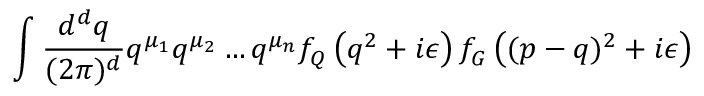
\int \frac { d ^ { d } q } { ( 2 \pi ) ^ { d } } q ^ { \mu _ { 1 } } q ^ { \mu _ { 2 } } \ldots q ^ { \mu _ { n } } f _ { Q } \left( q ^ { 2 } + i \epsilon \right) f _ { G } \left( ( p - q ) ^ { 2 } + i \epsilon \right)